Annual report on the health of the army in India
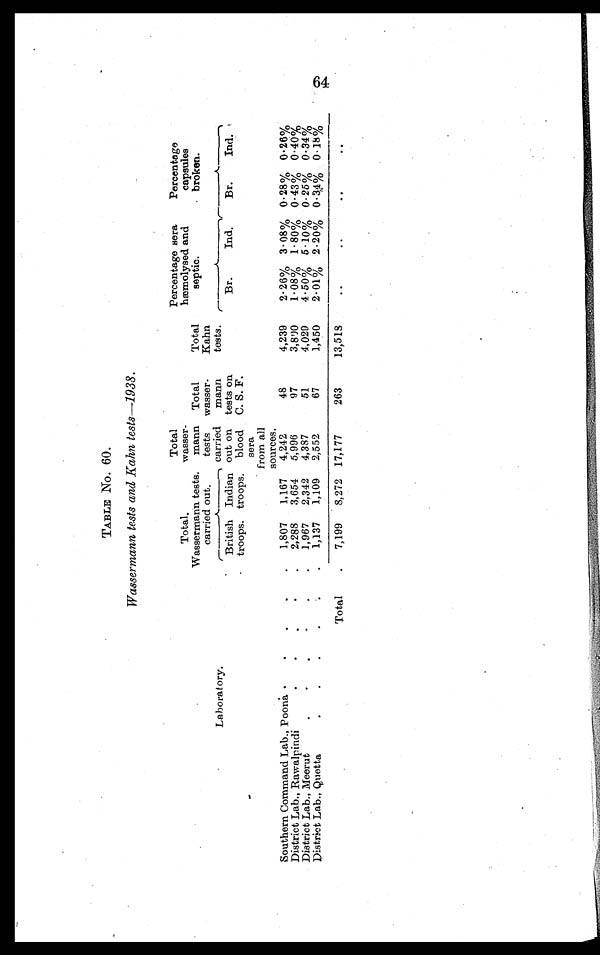
TABLENO.
60.
Wassermann tests and Kahn tests—1938.
L a b o r a t o r y .
Total.
Wassermann tests.
carried out.
Total
wasser-
mann
tests
carried
out on
blood
sera
from all
sources.
Total
wasser .
mann
tests on
C. S. F.
Total
Kahn
tests.
Percentage sera
hæmolysed and
septic.
Percentage
capsules
broken.
British
troops.
Indian
troops.
Br.
Ind.
Br.
Ind.
Southern Command Lab., Poona . . .
1,807
1,167
4,242
48
4,239
2.26% 3.08% 0.28% 0.26%
2,288
3,654
5,996
97
3,800
1.08% 1.80% 0.43% 0.40%
District Lab., Rawalpindi . . .
1,967
2,342
4,387
51
4,029
4.50% 5.10% 0.25% 0.34%
District Lab., Meerut . . .
1,137
1,109
2,552
67
1,450
2.01% 2.20% 0.34% 0.18%
District Lab., Quetta . . .
Total . . .
7,199
8,272 17,177
263
13,518
. . .
. . .
. . .
. . .
64